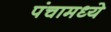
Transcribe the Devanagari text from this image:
पंचामध्ये